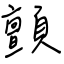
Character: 顫